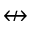
\nleftrightarrow